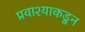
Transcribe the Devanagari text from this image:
प्रवाश्याकडून